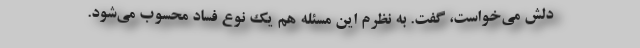
دلش می‌خواست، گفت. به نظرم این مسئله هم یک نوع فساد محسوب می‌شود.